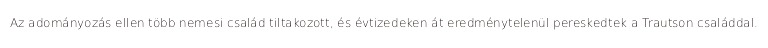
Az adományozás ellen több nemesi család tiltakozott, és évtizedeken át eredménytelenül pereskedtek a Trautson családdal.